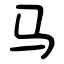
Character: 马